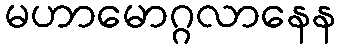
မဟာမောဂ္ဂလာနေန